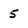
Character: 5